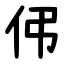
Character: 伄